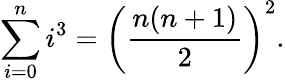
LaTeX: \sum_{i=0}^{n}i^{3}=\left({\frac{n(n+1)}{2}}\right)^{2}.